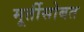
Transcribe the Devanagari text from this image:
मूर्तीसोबत